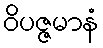
ဝိပဇ္ဇမာနံ